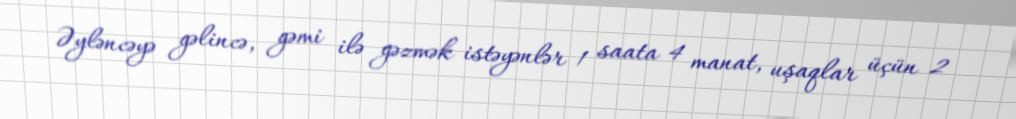
Əyləncəyə gəlincə, gəmi ilə gəzmək istəyənlər 1 saata 4 manat, uşaqlar üçün 2